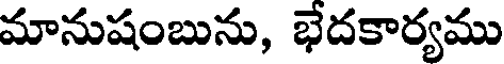
మానుషంబును, భేదకార్యము